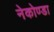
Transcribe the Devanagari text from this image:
नेकोण्डा